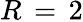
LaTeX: R\, =\, 2